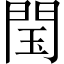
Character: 閠